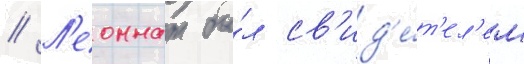
// Л'еоннат бы́л св'ид'е́т'ел'ем